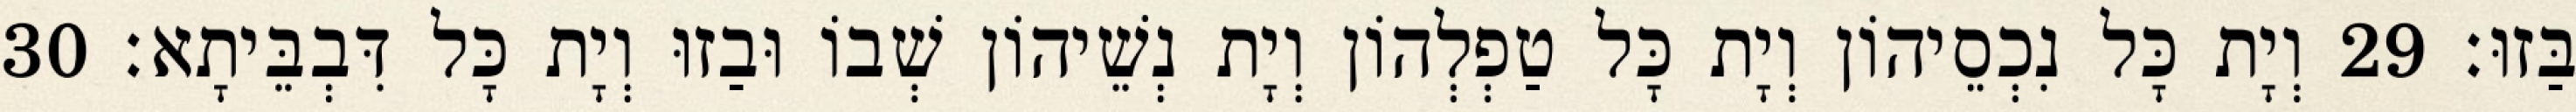
בַּזוּ׃ 29 וְיָת כָּל נִכְסֵיהוֹן וְיָת כָּל טַפְלְהוֹן וְיָת נְשֵׁיהוֹן שְׁבוֹ וּבַזוּ וְיָת כָּל דִּבְבֵּיתָא׃ 30